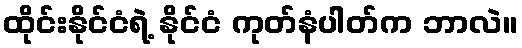
ထိုင်းနိုင်ငံရဲ့ နိုင်ငံ ကုတ်နံပါတ်က ဘာလဲ။